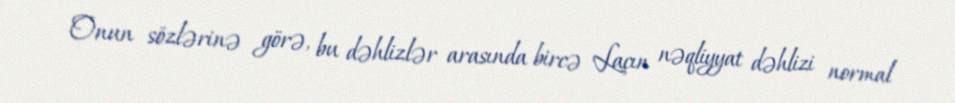
Onun sözlərinə görə, bu dəhlizlər arasında bircə Laçın nəqliyyat dəhlizi normal